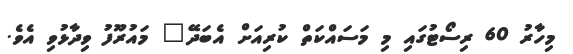
މިހާރު 60 ރިސޯޓުގައި މި މަސައްކަތް ކުރިއަށް އެބަދޭ" މައުރޫފު ވިދާޅުވި އެވެ.